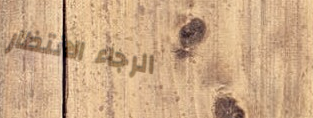
الرجاء الانتظار